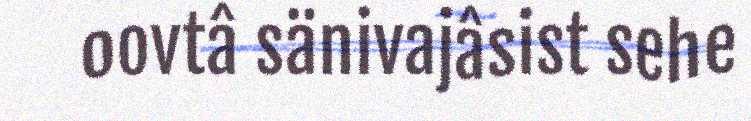
oovtâ sänivajâsist sehe